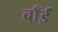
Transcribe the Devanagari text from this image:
बाँईं